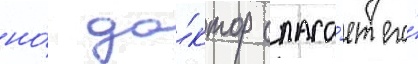
но́ до́ктор спаса́ет его́